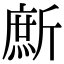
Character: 㫂